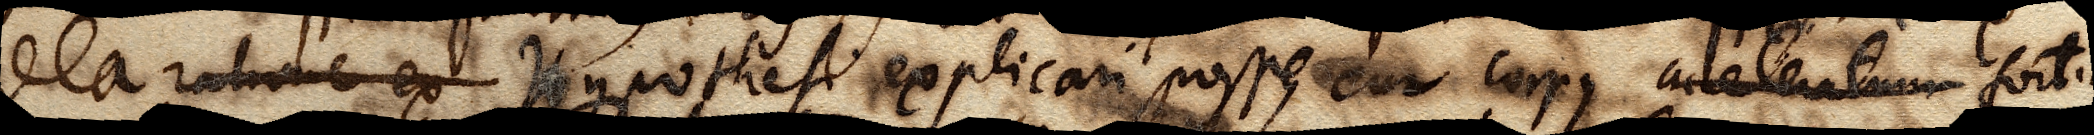
illa ratione ex Hypothesi explicari posse, cur corpus acceleratum fortius